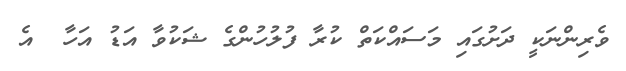
ވެރިންނަކީ ދަށުގައި މަސައްކަތް ކުރާ ފުލުހުންގެ ޝަކުވާ އަޑު އަހާ  އެ